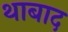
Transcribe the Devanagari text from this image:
थाबाद